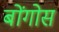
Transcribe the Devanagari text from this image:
बोंगोस